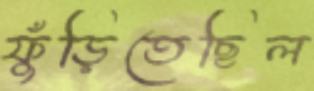
ফুঁড়িতেছিল